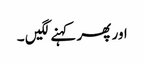
اور پھر کہنے لگیں ۔